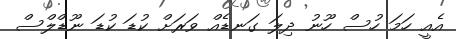
އެއީ ހަމަ ހުސް ހޫނު ދިލަ ގަނޑެއް ވަރަށް ކުޑަ ކުޑަ ނޫޑްލްސް